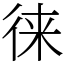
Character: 徕